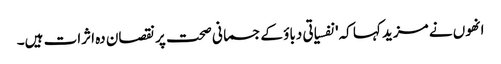
انھوں نے مزید کہا کہ'نفسیاتی دباؤ کےجسمانی صحت پر نقصان دہ اثرات ہیں۔